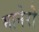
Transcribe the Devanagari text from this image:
मानेरो